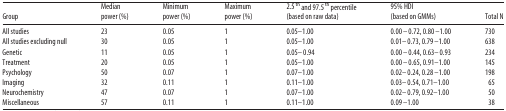
<table><thead><tr><td><b>Group</b></td><td><b>Median power (%)</b></td><td><b>Minimum power (%)</b></td><td><b>Maximum power (%)</b></td><td><b>2.5<sup>th</sup> and 97.5<sup>th</sup> percentile (based on raw data)</b></td><td><b>95% HDI (based on GMMs)</b></td><td><b>Total N</b></td></tr></thead><tbody><tr><td>All studies</td><td>23</td><td>0.05</td><td>1</td><td>0.05–1.00</td><td>0.00–0.72, 0.80–1.00</td><td>730</td></tr><tr><td>All studies excluding null</td><td>30</td><td>0.05</td><td>1</td><td>0.05–1.00</td><td>0.01–0.73, 0.79–1.00</td><td>638</td></tr><tr><td>Genetic</td><td>11</td><td>0.05</td><td>1</td><td>0.05–0.94</td><td>0.00–0.44, 0.63–0.93</td><td>234</td></tr><tr><td>Treatment</td><td>20</td><td>0.05</td><td>1</td><td>0.05–1.00</td><td>0.00–0.65, 0.91–1.00</td><td>145</td></tr><tr><td>Psychology</td><td>50</td><td>0.07</td><td>1</td><td>0.07–1.00</td><td>0.02–0.24, 0.28–1.00</td><td>198</td></tr><tr><td>Imaging</td><td>32</td><td>0.11</td><td>1</td><td>0.11–1.00</td><td>0.03–0.54, 0.71–1.00</td><td>65</td></tr><tr><td>Neurochemistry</td><td>47</td><td>0.07</td><td>1</td><td>0.07–1.00</td><td>0.02–0.79, 0.92–1.00</td><td>50</td></tr><tr><td>Miscellaneous</td><td>57</td><td>0.11</td><td>1</td><td>0.11–1.00</td><td>0.09–1.00</td><td>38</td></tr></tbody></table>